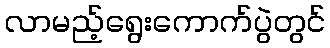
လာမည့်ရွေးကောက်ပွဲတွင်